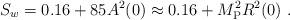
LaTeX: \begin{align*}S_w = 0.16 + 85 A^2(0) \approx 0.16 + M_{\rm P}^2 R^2(0) \ .\end{align*}